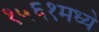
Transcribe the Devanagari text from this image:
१५६१मध्ये